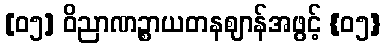
[၀၅] ဝိညာဏဉ္စာယတနဈာန်အဖွင့် {၀၅}